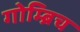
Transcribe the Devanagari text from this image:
गोम्ब्रिच